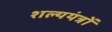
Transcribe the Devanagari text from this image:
शल्ययंत्रों